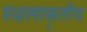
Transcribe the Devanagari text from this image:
स्थलाकृतीय